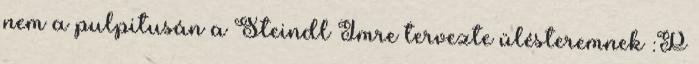
nem a pulpitusán a Steindl Imre tervezte ülésteremnek :P